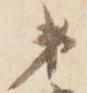
第